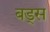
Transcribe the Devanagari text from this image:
बड्स